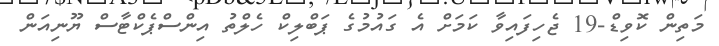
މަތިން ކޮވިޑް-19 ޖެހިފައިވާ ކަމަށް އެ ގައުމުގެ ޕަބްލިކް ހެލްތު އިންސްޕެކްޓާސް ޔޫނިއަން